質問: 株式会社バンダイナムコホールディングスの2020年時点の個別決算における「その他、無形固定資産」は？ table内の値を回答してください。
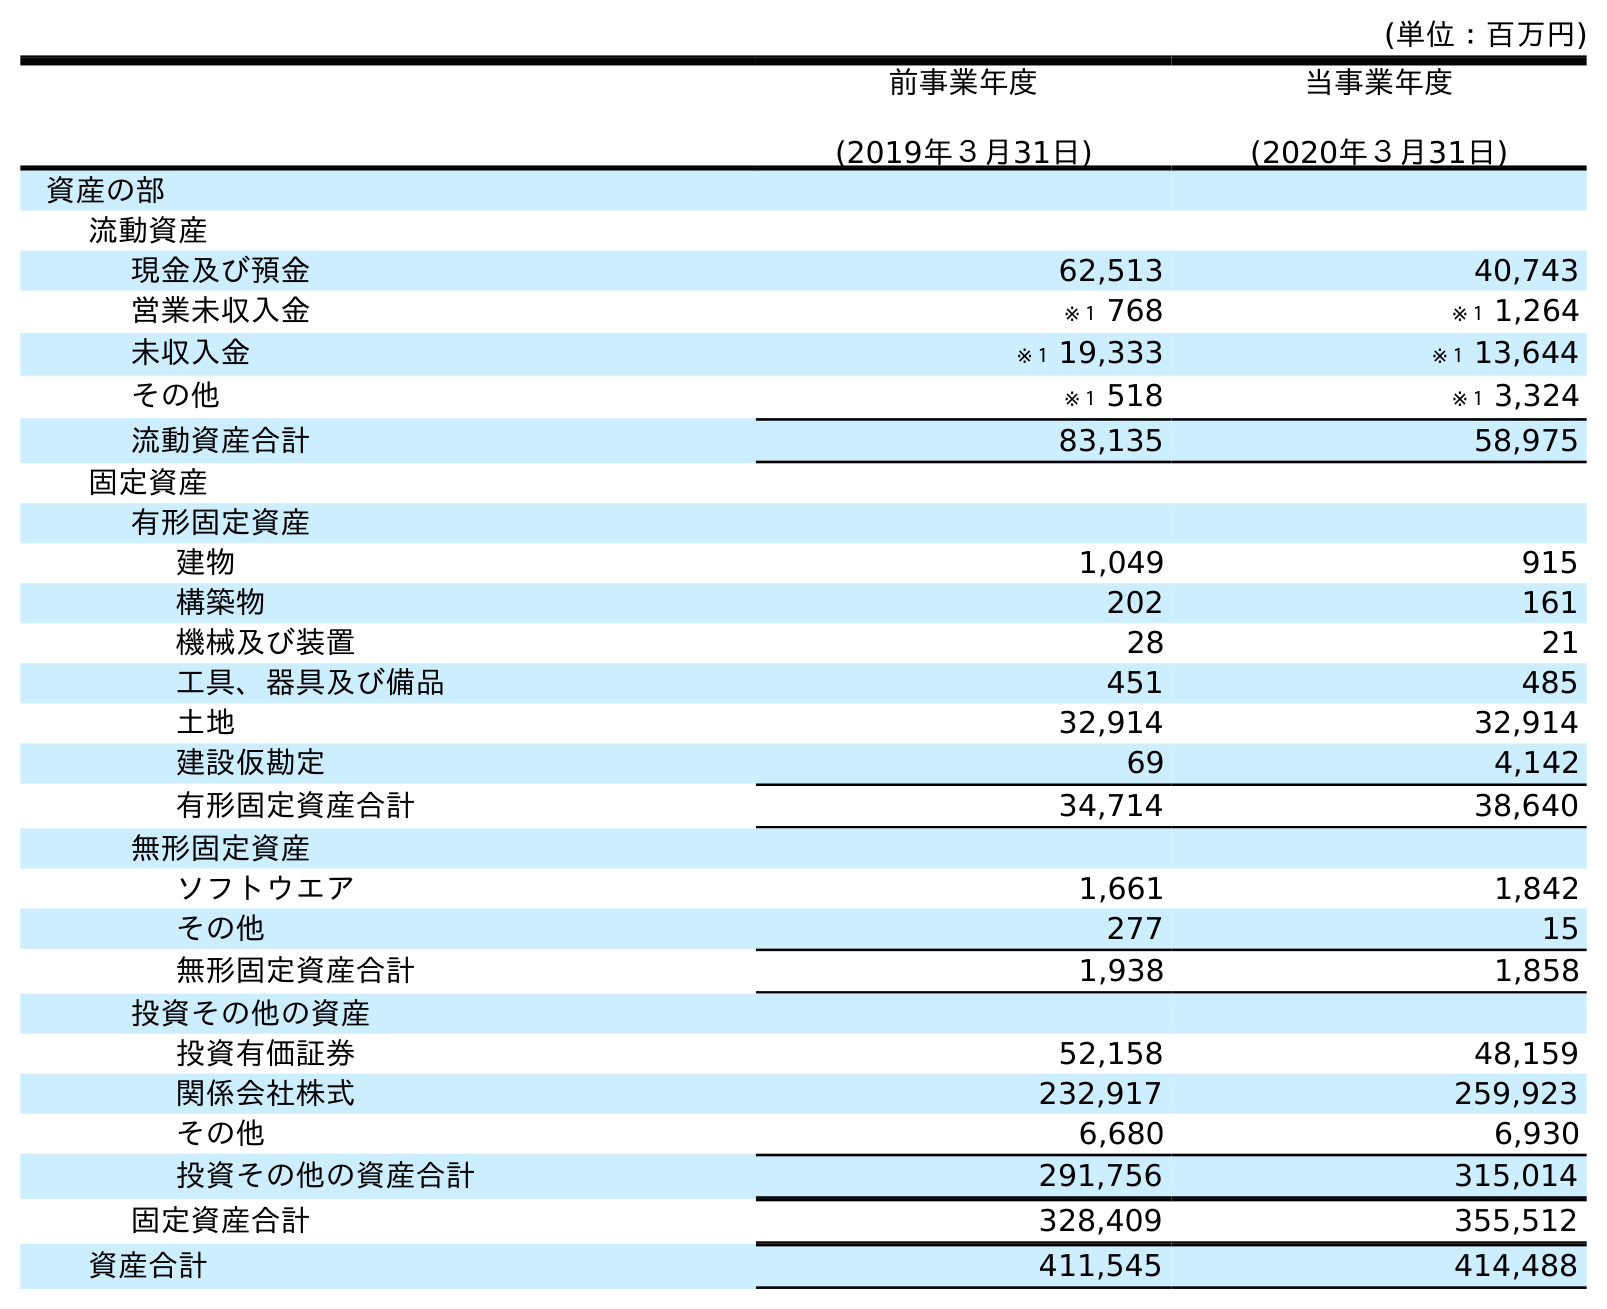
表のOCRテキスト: (単位：百万円) 前事業年度 (2019年３月31日) 当事業年度 (2020年３月31日) 資産の部 流動資産 現金及び預金 62,513 40,743 営業未収入金 ※１ 768 ※１ 1,264 未収入金 ※１ 19,333 ※１ 13,644 その他 ※１ 518 ※１ 3,324 流動資産合計 83,135 58,975 固定資産 有形固定資産 建物 1,049 915 構築物 202 161 機械及び装置 28 21 工具、器具及び備品 451 485 土地 32,914 32,914 建設仮勘定 69 4,142 有形固定資産合計 34,714 38,640 無形固定資産 ソフトウエア 1,661 1,842 その他 277 15 無形固定資産合計 1,938 1,858 投資その他の資産 投資有価証券 52,158 48,159 関係会社株式 232,917 259,923 その他 6,680 6,930 投資その他の資産合計 291,756 315,014 固定資産合計 328,409 355,512 資産合計 411,545 414,488
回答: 15